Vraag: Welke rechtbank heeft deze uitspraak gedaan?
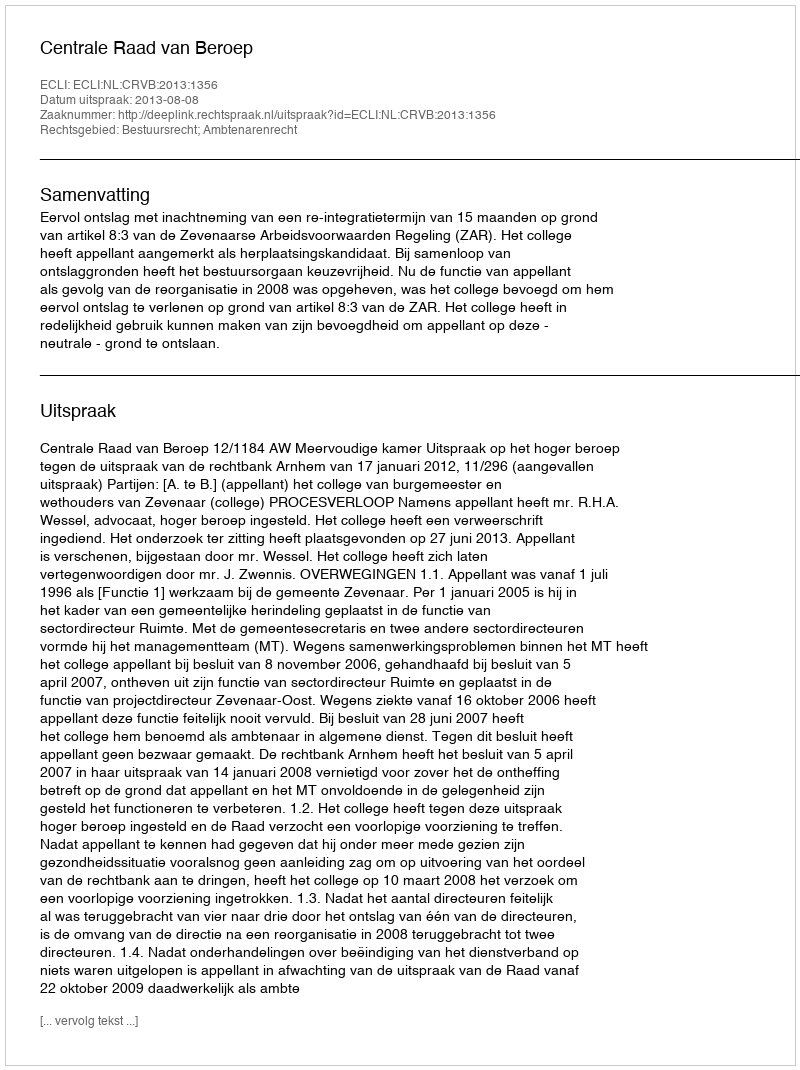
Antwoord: Centrale Raad van Beroep